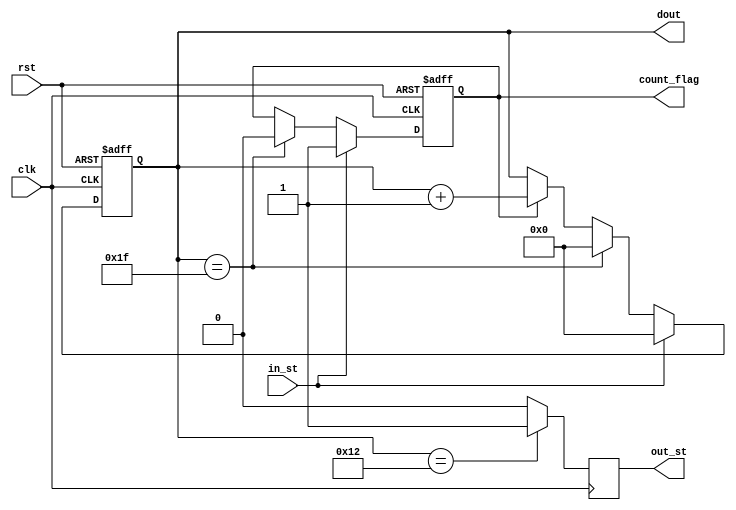
module counter (clk, rst, count_flag, in_st, dout, out_st);
  input  clk, rst, in_st;
  output [4:0]  dout;
  output count_flag, out_st;
  
  reg count_flag, out_st;
  reg [4:0]     dout;
  
  always@(posedge clk or negedge rst)     
      if (!rst)
         count_flag<=1'b0;
      else if (in_st)
         count_flag<=1'b1;
      else if (dout==5'd31)
         count_flag<=1'b0;
      else
         count_flag<=count_flag;
         
  always@(posedge clk or negedge rst)  
      if (!rst)
         dout<=5'd0;
      else if (in_st)
         dout<=5'd0;
      else if (dout==5'd31)
         dout<=5'd0;
      else if (count_flag)
         dout<=dout+1'b1;
      else
         dout<=dout;
		 
  always@(posedge clk)
	  if(dout==5'd18)
		 out_st<=1'b1;
	  else
		 out_st<=1'b0;
         
endmodule